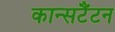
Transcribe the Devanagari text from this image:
कान्सटैंटन